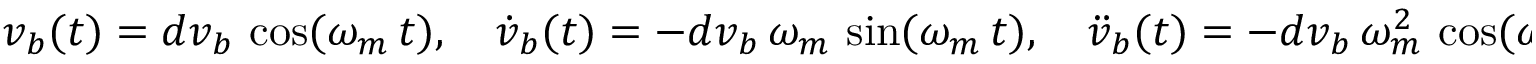
v _ { b } ( t ) = d v _ { b } \, \cos ( \omega _ { m } \, t ) , \quad \dot { v } _ { b } ( t ) = - d v _ { b } \, \omega _ { m } \, \sin ( \omega _ { m } \, t ) , \quad \ddot { v } _ { b } ( t ) = - d v _ { b } \, \omega _ { m } ^ { 2 } \, \cos ( \omega _ { m } \, t ) ,